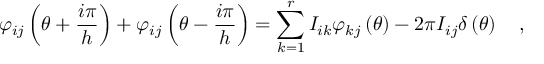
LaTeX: \varphi _ { i j } \left( \theta + \frac { i \pi } { h } \right) + \varphi _ { i j } \left( \theta - \frac { i \pi } { h } \right) = \sum _ { k = 1 } ^ { r } I _ { i k } \varphi _ { k j } \left( \theta \right) - 2 \pi I _ { i j } \delta \left( \theta \right) \quad ,